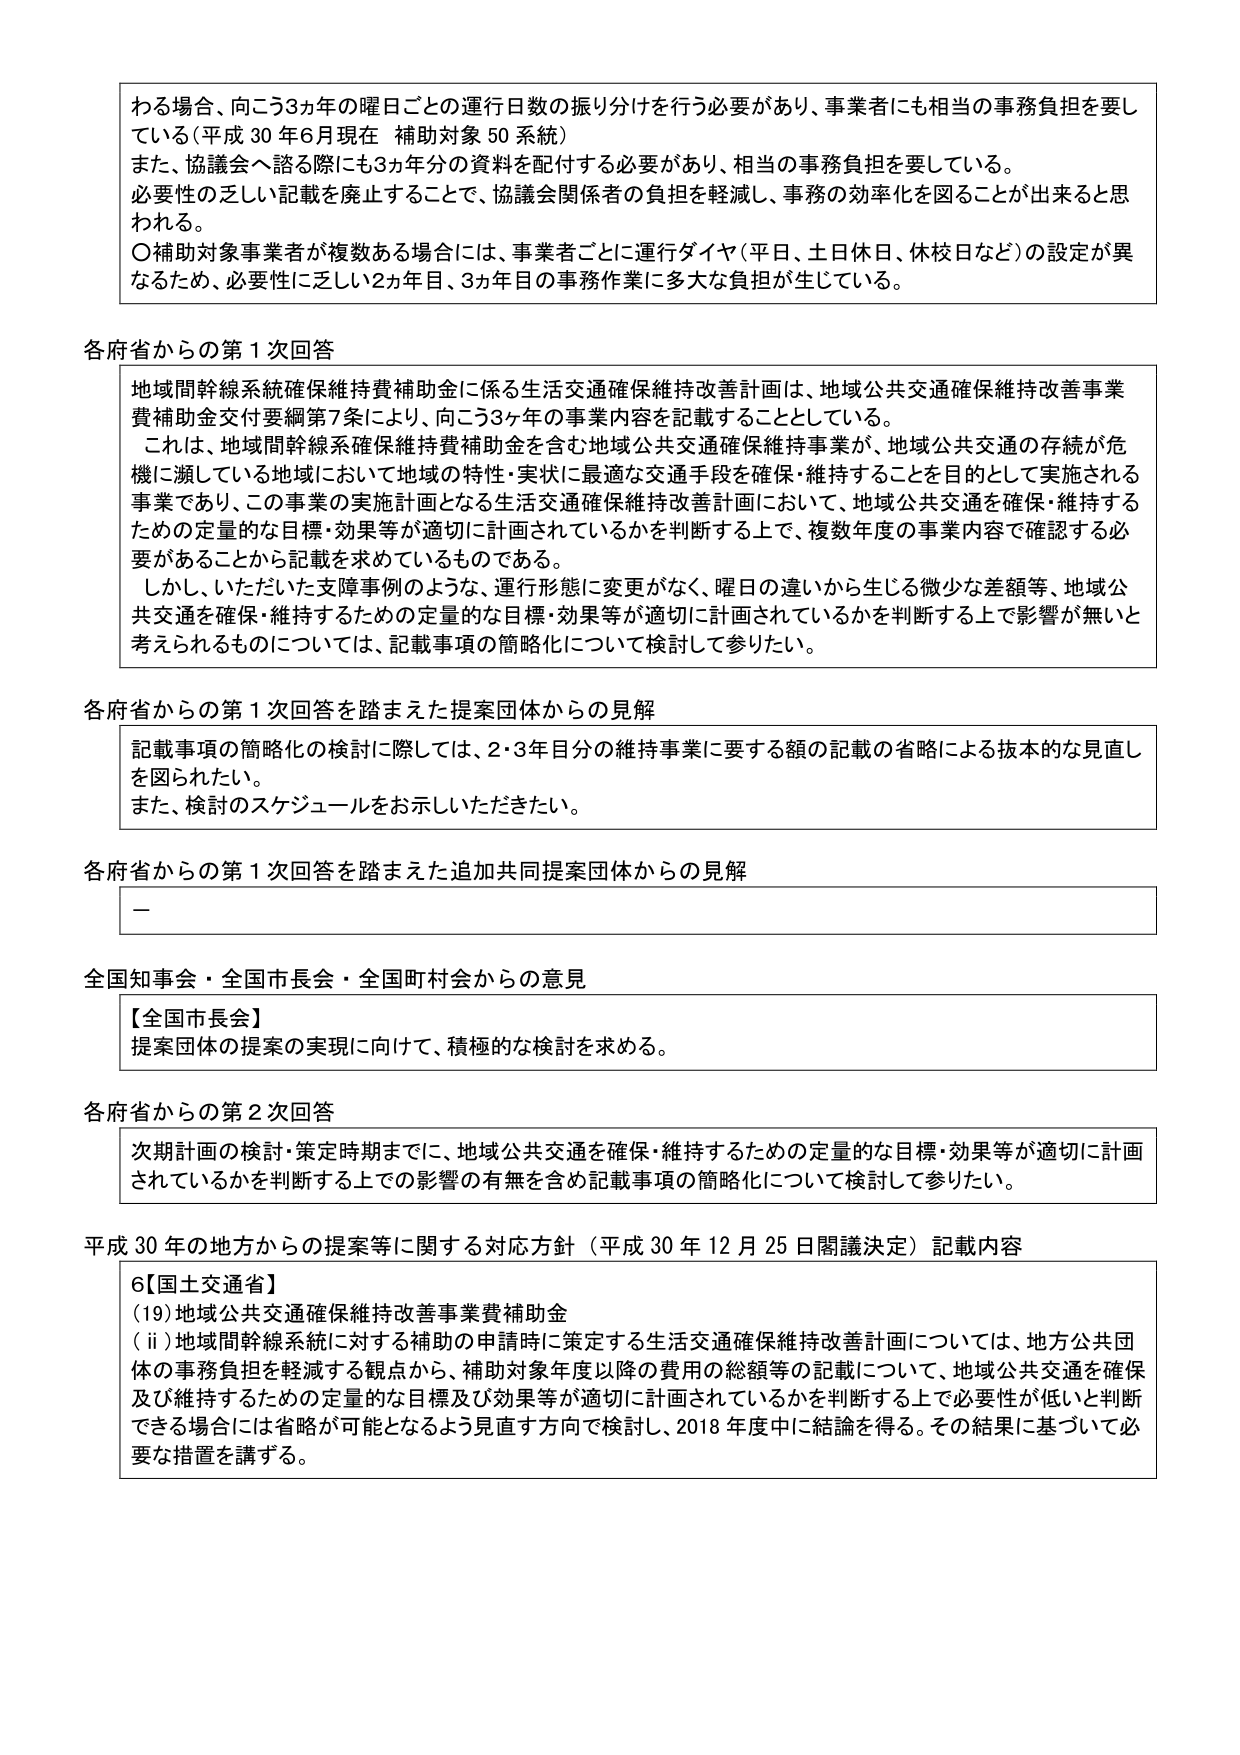
わる場合、向こう3ヵ年の曜日ごとの運行日数の振り分けを行う必要があり、事業者にも相当の事務負担を要している（平成30年6月現在 補助対象50系統）
また、協議会へ諮る際にも3ヵ年分の資料を配付する必要があり、相当の事務負担を要している。
必要性の乏しい記載を廃止することで、協議会関係者の負担を軽減し、事務の効率化を図ることが出来ると思われる。
〇補助対象事業者が複数ある場合には、事業者ごとに運行ダイヤ（平日、土日休日、休校日など）の設定が異なるため、必要性に乏しい2ヵ年目、3ヵ年目の事務作業に多大な負担が生じている。

各府省からの第1次回答
地域間幹線系統確保維持費補助金に係る生活交通確保維持改善計画は、地域公共交通確保維持改善事業費補助金交付要綱第7条により、向こう3ヶ年の事業内容を記載することとしている。
これは、地域間幹線系統確保維持費補助金を含む地域公共交通確保維持事業が、地域公共交通の存続が危機に瀕している地域において地域の特性・実状に最適な交通手段を確保・維持することを目的として実施される事業であり、この事業の実施計画となる生活交通確保維持改善計画において、地域公共交通を確保・維持するための定量的な目標・効果等が適切に計画されているかを判断する上で、複数年度の事業内容で確認する必要があることから記載を求めているものである。
しかし、いただいた支障事例のような、運行形態に変更がなく、曜日の違いから生じる微少な差額等、地域公共交通を確保・維持するための定量的な目標・効果等が適切に計画されているかを判断する上で影響が無いと考えられるものについては、記載事項の簡略化について検討して参りたい。

各府省からの第1次回答を踏まえた提案団体からの見解
記載事項の簡略化の検討に際しては、2・3年目分の維持事業に要する額の記載の省略による抜本的な見直しを図られたい。
また、検討のスケジュールをお示しいただきたい。

各府省からの第1次回答を踏まえた追加共同提案団体からの見解
－

全国知事会・全国市長会・全国町村会からの意見
【全国市長会】
提案団体の提案の実現に向けて、積極的な検討を求める。

各府省からの第2次回答
次期計画の検討・策定期間までに、地域公共交通を確保・維持するための定量的な目標・効果等が適切に計画されているかを判断する上での影響の有無を含め記載事項の簡略化について検討して参りたい。

平成30年の地方からの提案等に関する対応方針（平成30年12月25日閣議決定）記載内容
6【国土交通省】
(19)地域公共交通確保維持改善事業費補助金
(ⅱ)地域間幹線系統に対する補助の申請時に策定する生活交通確保維持改善計画については、地方公共団体の事務負担を軽減する観点から、補助対象年度以降の費用の総額等の記載について、地域公共交通を確保及び維持するための定量的な目標及び効果等が適切に計画されているかを判断する上で必要性が低いと判断できる場合には省略が可能となるよう見直す方向で検討し、2018年度中に結論を得る。その結果に基づいて必要な措置を講ずる。